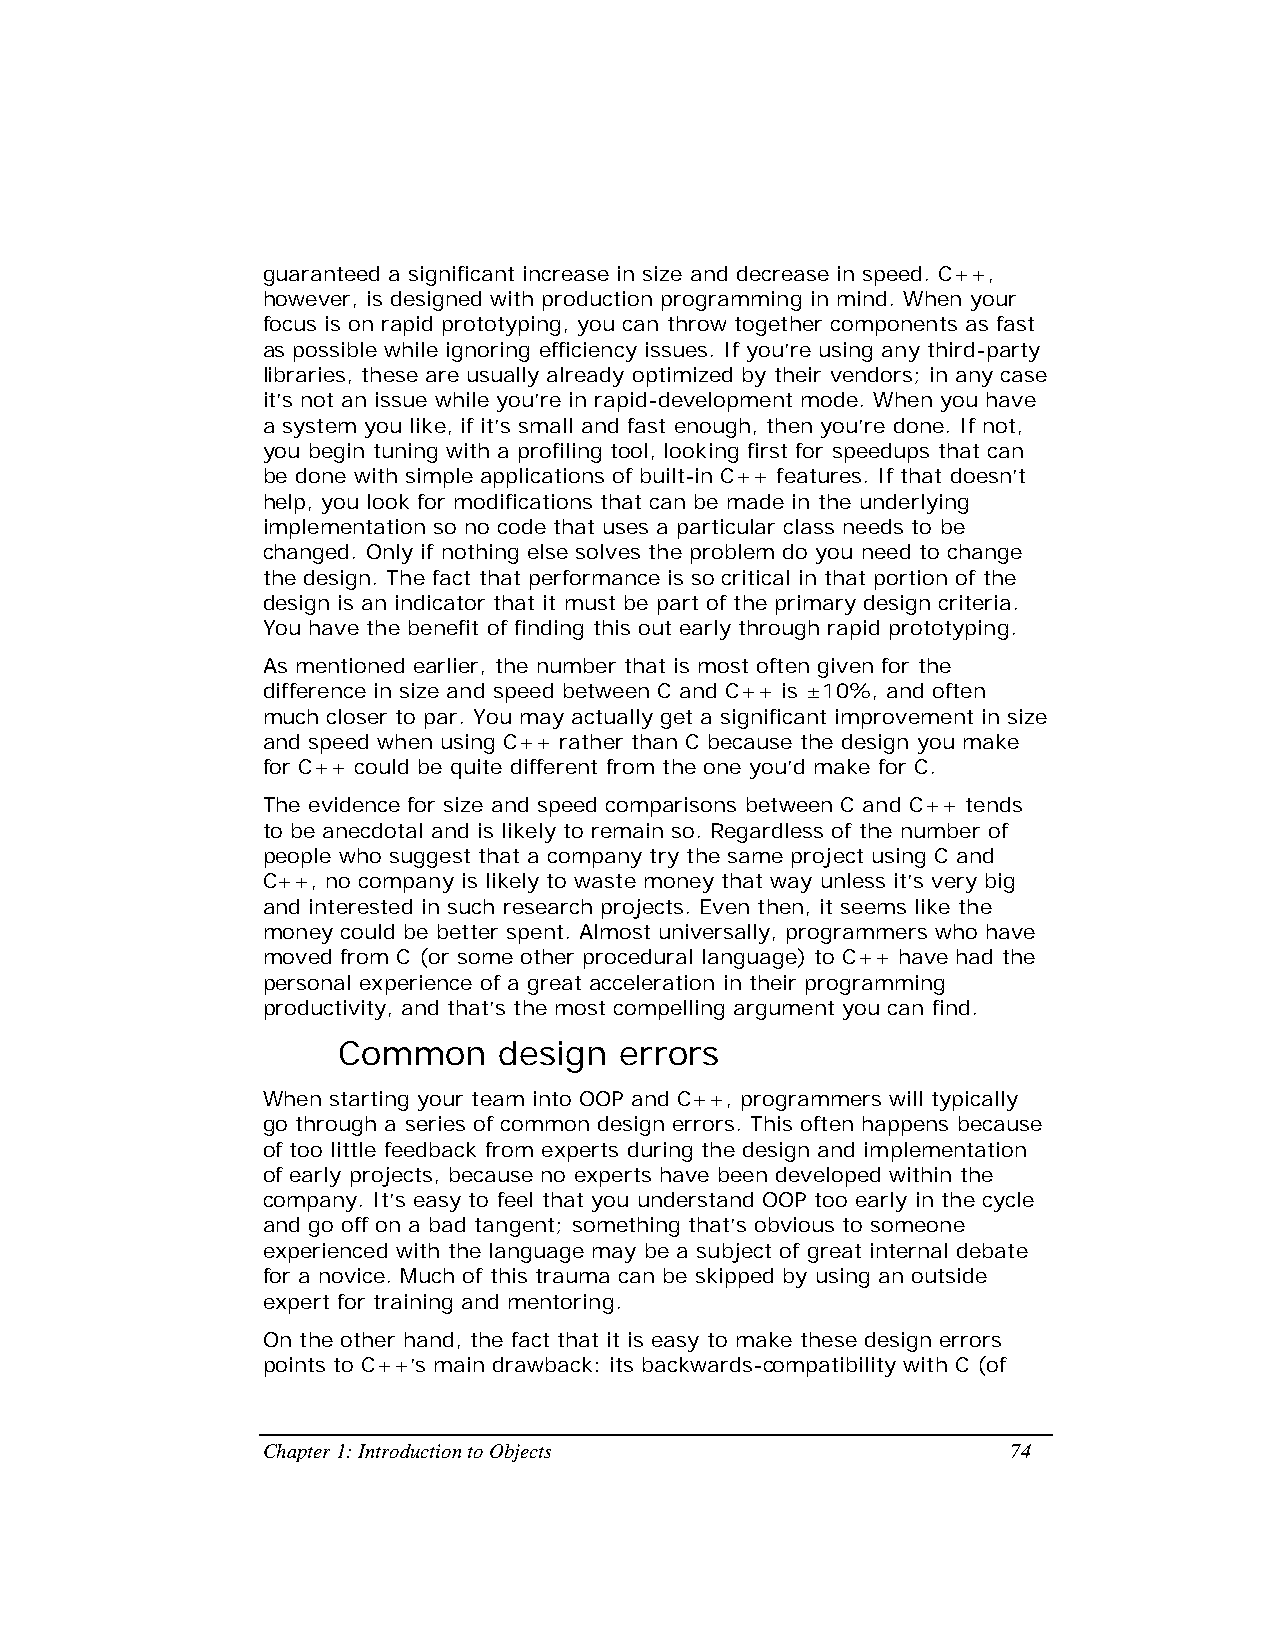
guaranteed a significant increase in size and decrease in speed. C++,
 however, is designed with production programming in mind. When your
 focus is on rapid prototyping, you can throw together components as fast
 as possible while ignoring efficiency issues. If you’re using any third-party
 libraries, these are usually already optimized by their vendors; in any case
 it’s not an issue while you’re in rapid-development mode. When you have
 a system you like, if it’s small and fast enough, then you’re done. If not,
 you begin tuning with a profiling tool, looking first for speedups that can
 be done with simple applications of built-in C++ features. If that doesn’t
 help, you look for modifications that can be made in the underlying
 implementation so no code that uses a particular class needs to be
 changed. Only if nothing else solves the problem do you need to change
 the design. The fact that performance is so critical in that portion of the
 design is an indicator that it must be part of the primary design criteria.
 You have the benefit of finding this out early through rapid prototyping.
 As mentioned earlier, the number that is most often given for the
 difference in size and speed between C and C++ is ±10%, and often
 much closer to par. You may actually get a significant improvement in size
 and speed when using C++ rather than C because the design you make
 for C++ could be quite different from the one you’d make for C.
 The evidence for size and speed comparisons between C and C++ tends
 to be anecdotal and is likely to remain so. Regardless of the number of
 people who suggest that a company try the same project using C and
 C++, no company is likely to waste money that way unless it’s very big
 and interested in such research projects. Even then, it seems like the
 money could be better spent. Almost universally, programmers who have
 moved from C (or some other procedural language) to C++ have had the
 personal experience of a great acceleration in their programming
 productivity, and that’s the most compelling argument you can find.
 Common     design  errors
 When starting your team into OOP and C++, programmers will typically
 go through a series of common design errors. This often happens because
 of too little feedback from experts during the design and implementation
 of early projects, because no experts have been developed within the
 company. It’s easy to feel that you understand OOP too early in the cycle
 and go off on a bad tangent; something that’s obvious to someone
 experienced with the language may be a subject of great internal debate
 for a novice. Much of this trauma can be skipped by using an outside
 expert for training and mentoring.
 On the other hand, the fact that it is easy to make these design errors
 points to C++’s main drawback: its backwards-compatibility with C (of
 Chapter 1: Introduction to Objects                74